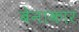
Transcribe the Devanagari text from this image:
बेनाकार